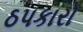
ઠપકારો